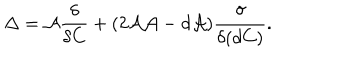
LaTeX: \Delta = { \cal A } \frac { \delta } { \delta C } + ( 2 { \cal A A } - d { \cal A } ) \frac { \delta } { \delta ( d C ) } .